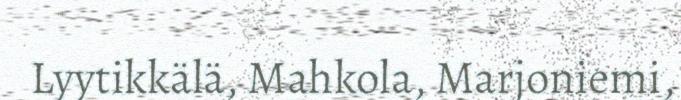
Lyytikkälä, Mahkola, Marjoniemi,